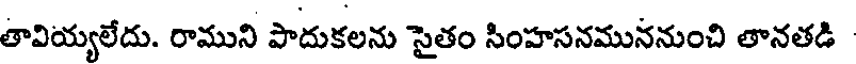
తావియ్యలేదు. రాముని పాదుకలను సైతం సింహసనముననుంచి తానతడి